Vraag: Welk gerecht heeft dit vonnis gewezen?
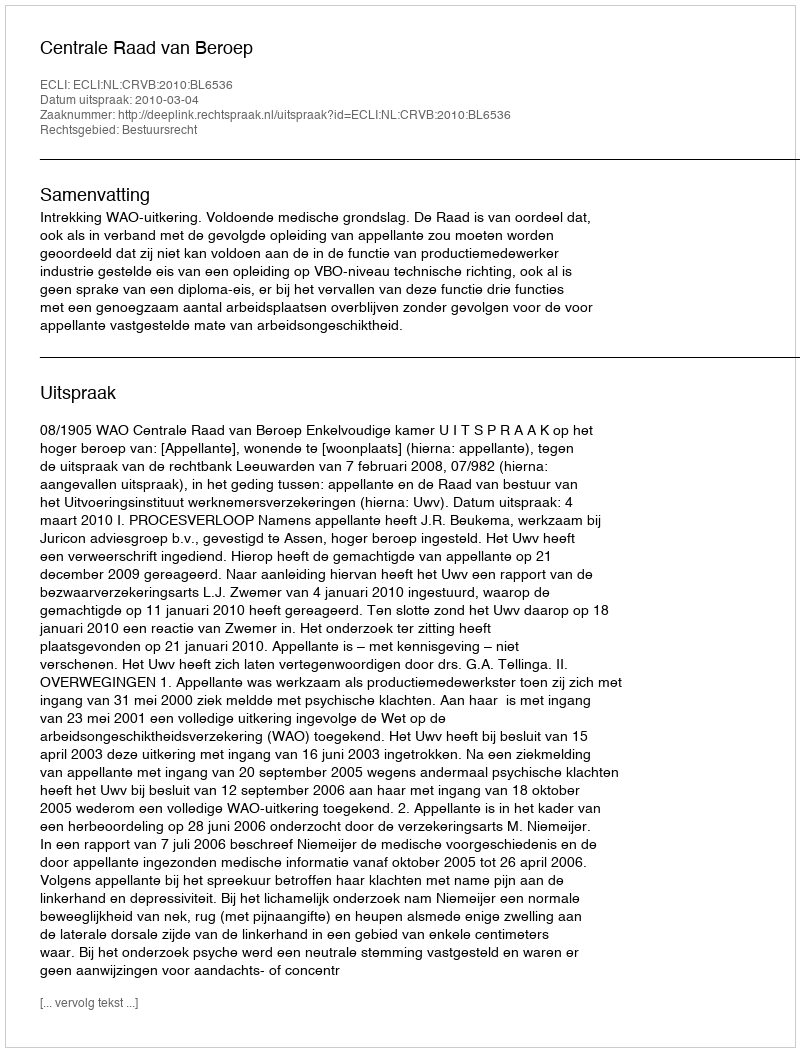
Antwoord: Centrale Raad van Beroep